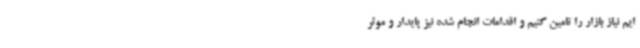
ایم نیاز بازار را تامین کنیم و اقدامات انجام شده نیز پایدار و موثر